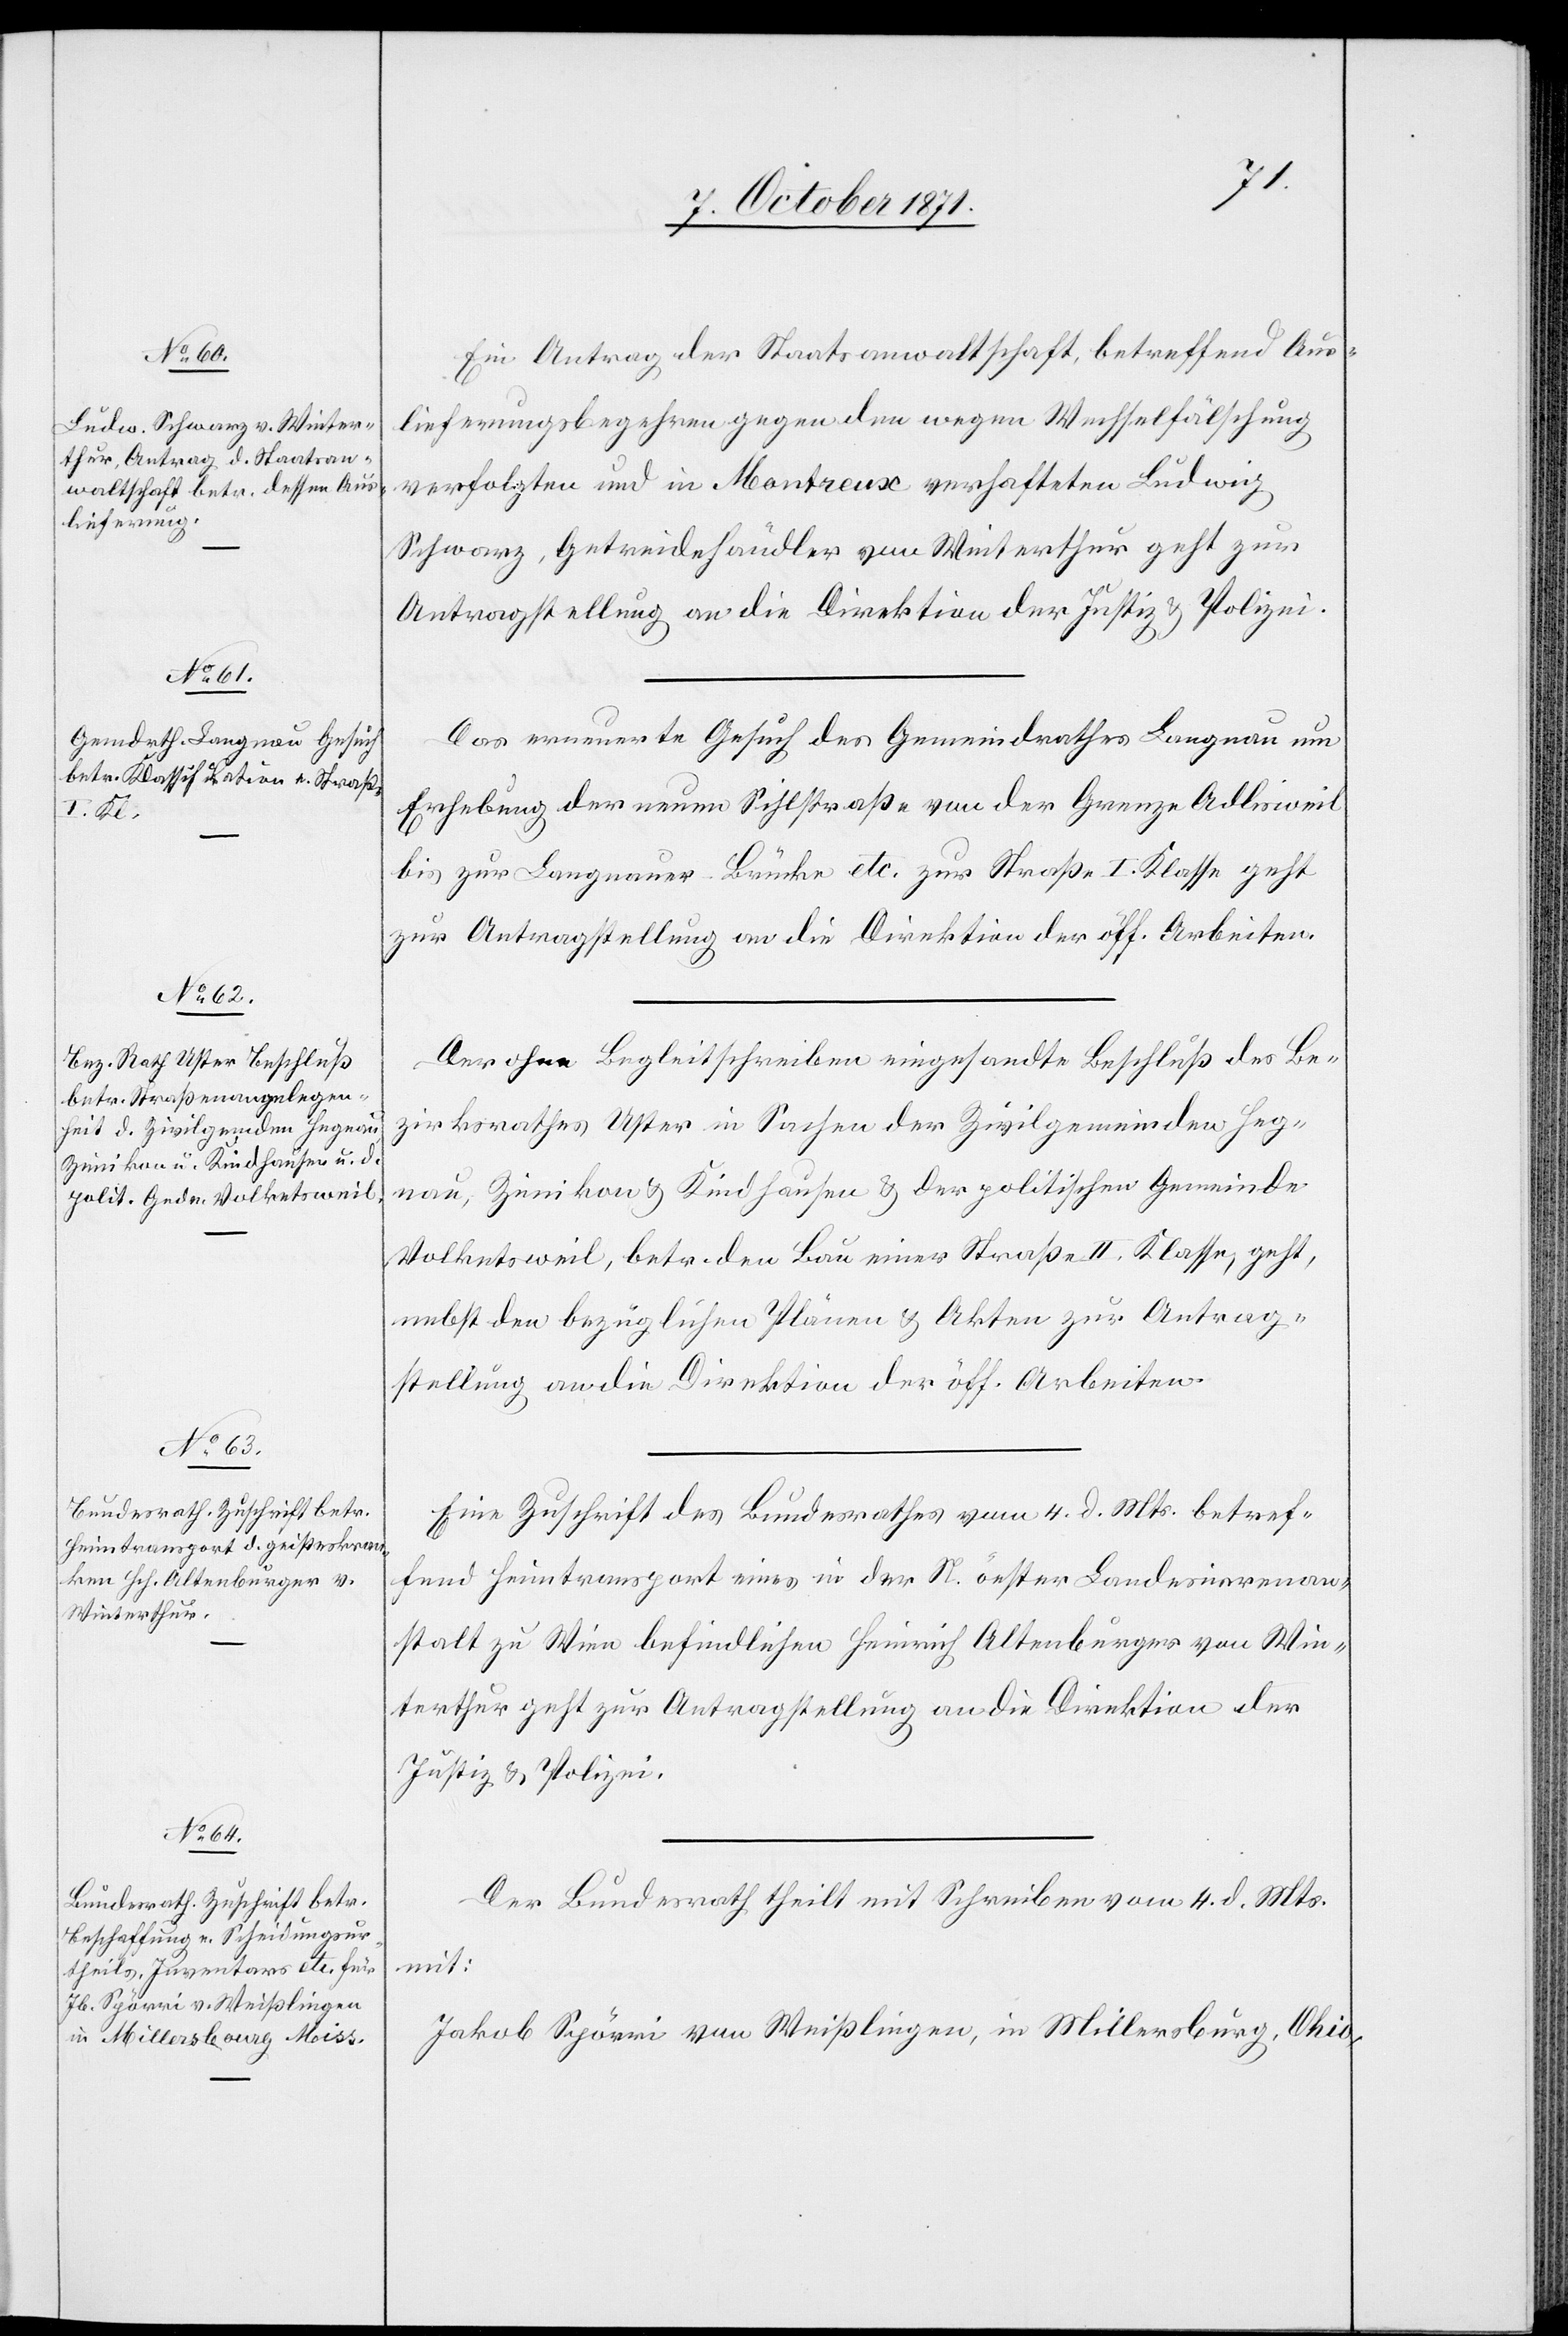
9. October 1871.]
Ein Antrag der Staatsanwaltschaft betreffend Aus¬
lieferungsbegehren gegen den wegen Wechselfälschung
verfolgten und in Montreux verhafteten Ludwig
Schwarz, Getreidehändler von Winterthur geht zur
Antragstellung an die Direktion der Justiz & Polizei.
Das erneute Gesuch des Gemeindrathes Langnau um
Erhebung der neuen Sihlstraße von der Grenze Adlisweil
bis zur Langnauer-Brücke etc. zur Straße I. Klasse geht
zur Antragstellung an die Direktion der öff. Arbeiten.
Der ohne Begleitschreiben eingesandte Beschluß des Be¬
zirksrathes Uster in Sachen der Zivilgemeinden Heg¬
nau, Zumikon & Kindhausen & der politischen Gemeinde
Volketsweil, betr. den Bau einer Straße II. Klasse, geht,
nebst der bezüglichen Pläne & Akten zur Antrag¬
stellung an die Direktion der öff. Arbeiten.
Eine Zuschrift des Bundesrathes vom 4. d. Mts. betref¬
fend Heimtransport eines in der N. öester Landesirrenan¬
stalt zu Wien befindlichen Heinrich Altenburger von Win¬
terthur geht zur Antragstellung an die Direktion der
Justiz & Polizei.
Der Bundesrath theilt mit Schreiben vom 4. d. Mts.
mit:
Jakob Spörri von Weißlingen, in Millersburg, Ohio,